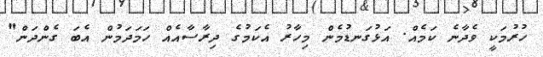
ހުރުމަކީ ވެދާނެ ކަމެއް. އަޅުގަނޑުމެން މިހާރު އެކަމުގެ ދިރާސާއެއް ހަމަދަމުން އެބަ ގެންދަން"